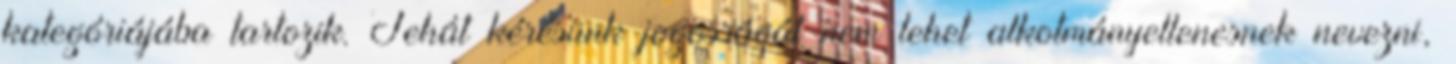
kategóriájába tartozik. Tehát kérésünk jogosságát nem lehet alkotmányellenesnek nevezni,